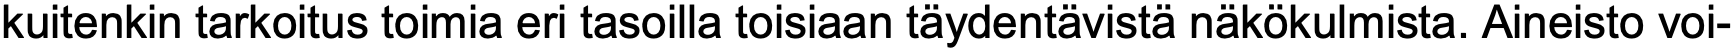
kuitenkin tarkoitus toimia eri tasoilla toisiaan täydentävistä näkökulmista. Aineisto voi-